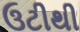
ઉટીથી